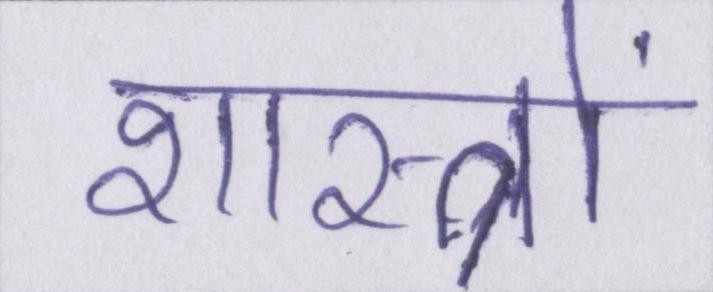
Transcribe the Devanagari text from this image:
शास्त्रों